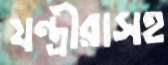
যন্ত্রীরাসহ